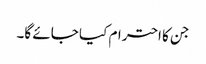
جن کا احترام کیا جائے گا۔